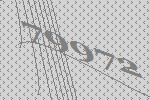
79972